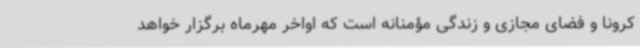
کرونا و فضای مجازی و زندگی مؤمنانه است که اواخر مهرماه برگزار خواهد